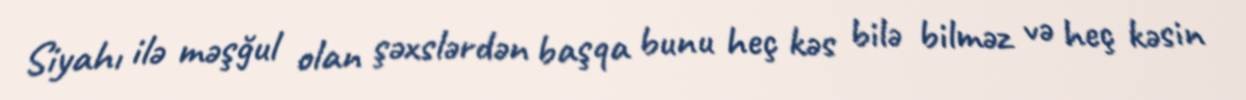
Siyahı ilə məşğul olan şəxslərdən başqa bunu heç kəs bilə bilməz və heç kəsin